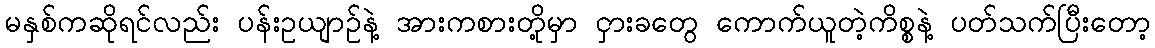
မနှစ်ကဆိုရင်လည်း ပန်းဥယျာဉ်နဲ့ အားကစားတို့မှာ ငှားခတွေ ကောက်ယူတဲ့ကိစ္စနဲ့ ပတ်သက်ပြီးတော့